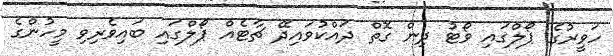
ހަވީރުގެ ޕޯލްގައި ވޯޓު ދިން ގޮތް ދައްކުވައިދޭ ޗާޓެއް ޕޯލްގައި ބައިވެރިވި މީހުންގެ